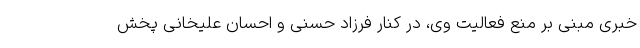
خبری مبنی بر منع فعالیت وی، در کنار فرزاد حسنی و احسان علیخانی پخش